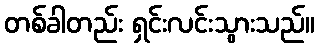
တစ်ခါတည်း ရှင်းလင်းသွားသည်။